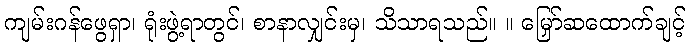
ကျမ်းဂန်ဖွေရှာ၊ ရုံးဖွဲ့ရာတွင်၊ စာနာလျှင်းမှ၊ သိသာရသည်။ ။ မြှော်ဆထောက်ချင့်